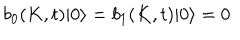
b _ { 0 } ( K , t ) | 0 \rangle = b _ { 1 } ( K , t ) | 0 \rangle = 0